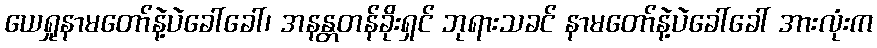
ယေရှုနာမတော်နဲ့ပဲခေါ်ခေါ်၊ အနန္တတန်ခိုးရှင် ဘုရားသခင် နာမတော်နဲ့ပဲခေါ်ခေါ် အားလုံးက